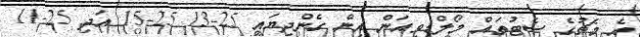
އެ މެޗުގެ ސެޓުތައް މޯލްޑިވިއަން އިން ގެންދިޔައީ 25-13 25-15 އަދި 25-11